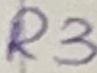
Text: R3